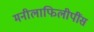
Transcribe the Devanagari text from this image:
मनीलाफिलीपींस